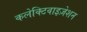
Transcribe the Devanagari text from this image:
कलेक्टिवाइज़ेशन